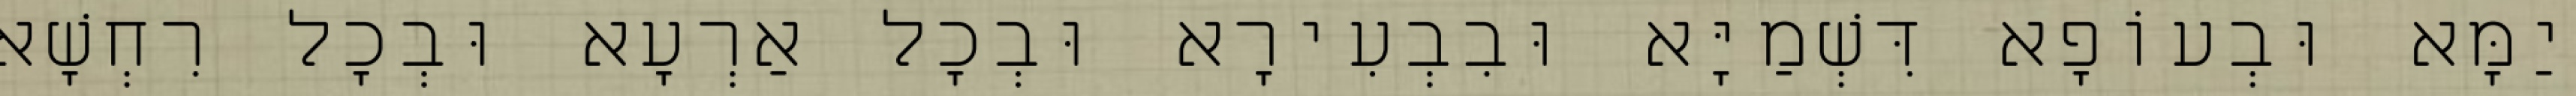
יַמָּא וּבְעוֹפָא דִּשְׁמַיָּא וּבִבְעִירָא וּבְכָל אַרְעָא וּבְכָל רִחְשָׁא